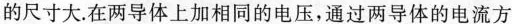
的尺寸大。在两导体上加相同的电压，通过两导体的电流方